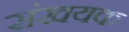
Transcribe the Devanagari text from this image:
संखयक